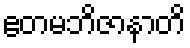
ဧတမဘိဇာနာတိ